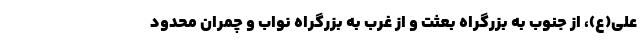
علی(ع)، از جنوب به بزرگراه بعثت و از غرب به بزرگراه نواب و چمران محدود